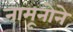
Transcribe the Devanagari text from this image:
नामूनोने